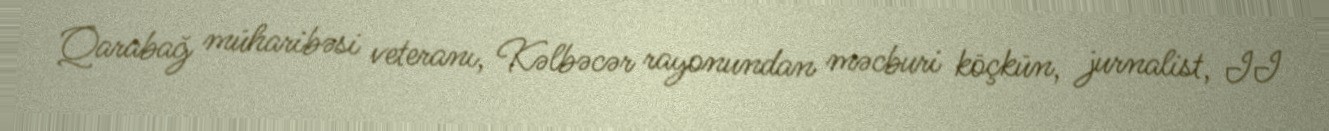
Qarabağ müharibəsi veteranı, Kəlbəcər rayonundan məcburi köçkün, jurnalist, II